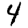
Digit: 4